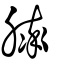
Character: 膟